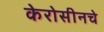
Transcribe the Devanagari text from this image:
केरोसीनचे